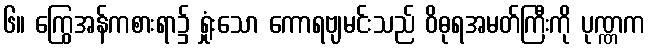
၆။ ကြွေအန်ကစားရာ၌ ရှုံးသော ကောရဗျမင်းသည် ဝိဓုရအမတ်ကြီးကို ပုဏ္ဏက